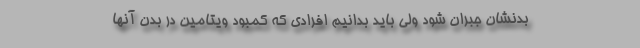
بدنشان جبران شود ولی باید بدانیم افرادی که کمبود ویتامین در بدن آنها